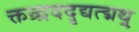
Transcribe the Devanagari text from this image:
क्तन्र्द्रददृद्यत्द्मथ्र्